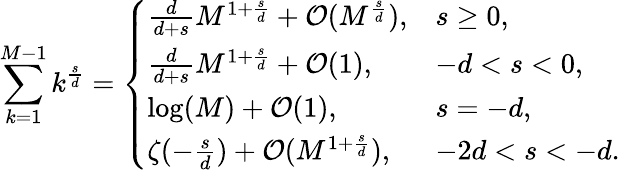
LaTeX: \sum_{k=1}^{M-1}k^{\frac{s}{d}}=\left\{ \begin{array}{ll}{\frac{d}{d+s}M^{1+\frac{s}{d}}+\mathcal{O}(M^{\frac{s}{d}}),}&{s\ge 0,}\\ {\frac{d}{d+s}M^{1+\frac{s}{d}}+\mathcal{O}(1),}&{-d<s<0,}\\ {\log(M)+\mathcal{O}(1),}&{s=-d,}\\ {\zeta(-\frac{s}{d})+\mathcal{O}(M^{1+\frac{s}{d}}),}&{-2d<s<-d.}\end{array}\right.